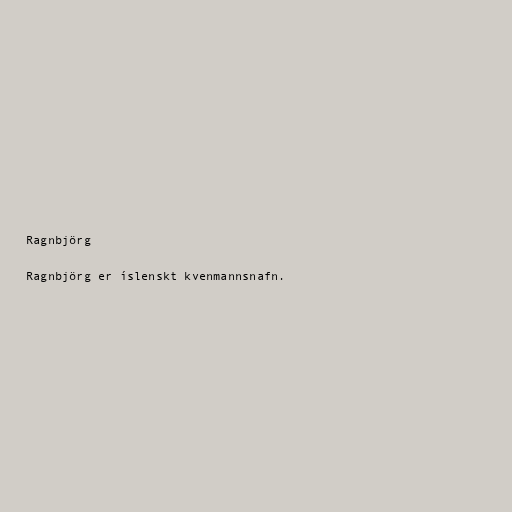
Ragnbjörg

Ragnbjörg er íslenskt kvenmannsnafn.